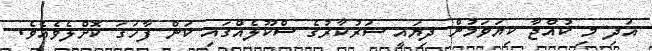
އަދި މި ކުއްޖާ ކިޔަވަމުން ދިޔައީ ސަރުކާރުގެ ސްކޫލެއްގައި ކަން ފާހަގަ ކޮށްލެވެއެވެ.